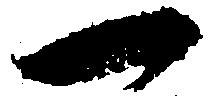
一